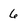
Character: 6